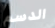
الدسم